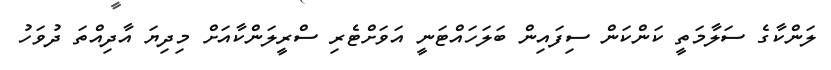
ލަންކާގެ ސަލާމަތީ ކަންކަން ސިފައިން ބަލަހައްޓަނީ އަވަށްޓެރި ސްރީލަންކާއަށް މިދިޔަ އާދިއްތަ ދުވަހު